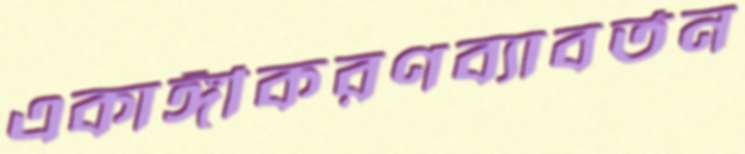
একাঙ্গীকরণব্যাবর্তন